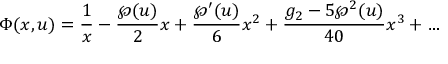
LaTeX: \Phi ( x , u ) = { \frac { 1 } { x } } - { \frac { \wp ( u ) } { 2 } } x + { \frac { \wp ^ { \prime } ( u ) } { 6 } } x ^ { 2 } + { \frac { g _ { 2 } - 5 \wp ^ { 2 } ( u ) } { 4 0 } } x ^ { 3 } + \ldots